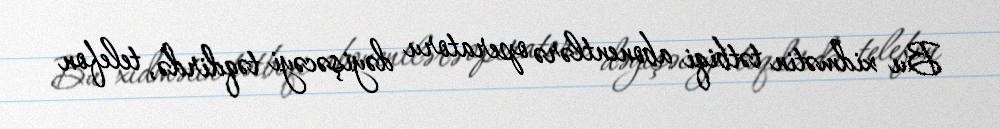
Bu xidmətin tətbiqi abonentlərə operatoru dəyişəcəyi təqdirdə, telefon